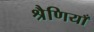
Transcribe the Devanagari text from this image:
श्रैणियाँ